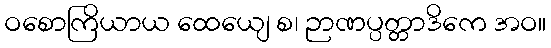
ဝစောကြိယာယ ထေယျေ စ၊ ဉာဏပ္ပတ္တာဒိကေ အဝ။